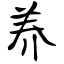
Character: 养